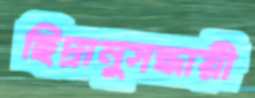
ছিদ্রানুসন্ধায়ী